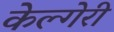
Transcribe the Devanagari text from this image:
केल्गेरी